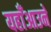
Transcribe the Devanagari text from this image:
यहाँआउने